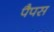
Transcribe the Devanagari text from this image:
पैपस